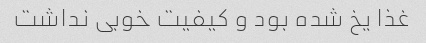
غذا یخ شده بود و کیفیت خوبی نداشت